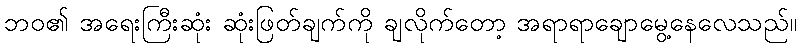
ဘဝ၏ အရေးကြီးဆုံး ဆုံးဖြတ်ချက်ကို ချလိုက်တော့ အရာရာချောမွေ့နေလေသည်။